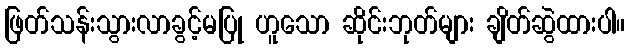
ဖြတ်သန်းသွားလာခွင့်မပြု ဟူသော ဆိုင်းဘုတ်များ ချိတ်ဆွဲထားပါ။